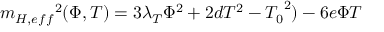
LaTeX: { m _ { H , e f f } } ^ { 2 } ( \Phi , T ) = 3 { \lambda } _ { T } { \Phi } ^ { 2 } + 2 d T ^ { 2 } - { T _ { 0 } } ^ { 2 } ) - 6 e \Phi T